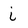
Character: i